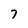
Character: 7